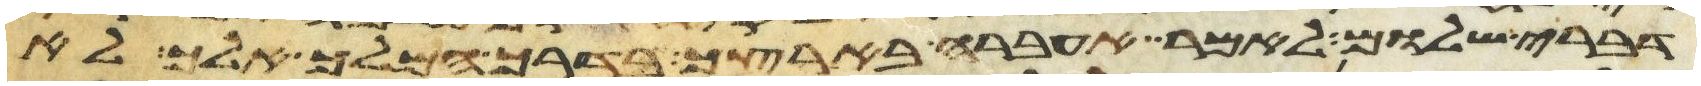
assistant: דברי שלום לאמר אעברה בארצך בדרך המלך אלך לא